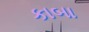
કાબા